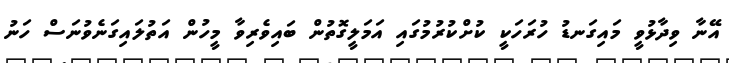
އޭނާ ވިދާޅުވީ މައިގަނޑު ހުރަހަކީ ކުށްކުރުމުގައި އަމަލީގޮތުން ބައިވެރިވާ މީހުން އަތުލައިގަނެވުނަސް ހަނު